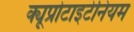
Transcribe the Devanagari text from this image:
क्यूप्रोटाइटेनियम